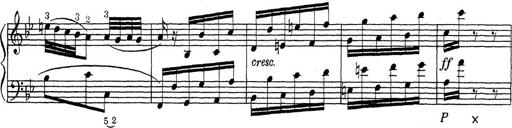
Title: ÄŒeskÃ© Sonatiny
Composer: Various